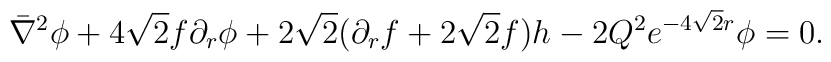
\bar \nabla^2 \phi + 4 \sqrt 2 f \partial_r \phi + 2 \sqrt 2 (\partial_r f+ 2 \sqrt2 f) h- 2 Q^2 e^{- 4 \sqrt 2 r}\phi = 0.